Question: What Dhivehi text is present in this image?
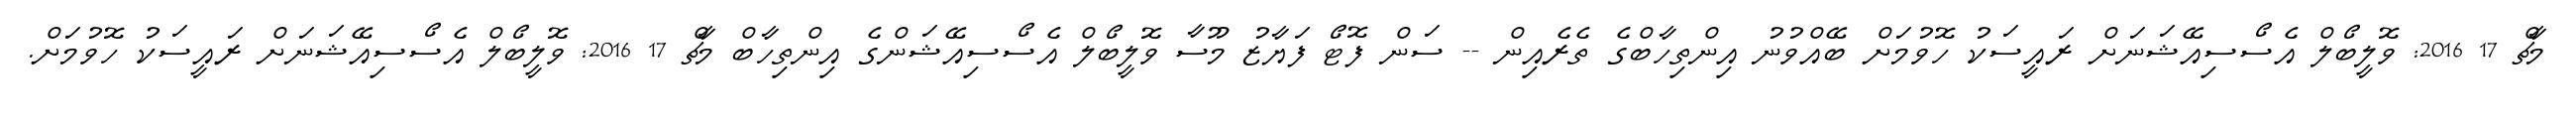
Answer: މާޗް 17 2016: ވޮލީބޯލް އެސޯސިއޭޝަނަށް ރައީސަކު ހޮވުމަށް ބޭއްވުނު އިންތިހާބްގެ ތެރެއިން -- ސަން ފޮޓޯ ފަޔާޒު މޫސާ ވޮލީބޯލް އެސޯސިއޭޝަންގެ އިންތިހާބް މާޗް 17 2016: ވޮލީބޯލް އެސޯސިއޭޝަނަށް ރައީސަކު ހޮވުމަށް.